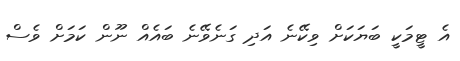
އެ ޓީމަކީ ބަޔަކަށް ވިކޭނެ އަދި ގަނެވޭނެ ބައެއް ނޫން ކަމަށް ވެސް